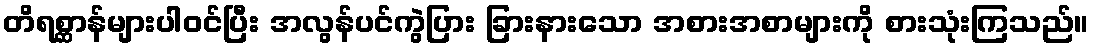
တိရစ္ဆာန်များပါဝင်ပြီး အလွန်ပင်ကွဲပြား ခြားနားသော အစားအစာများကို စားသုံးကြသည်။